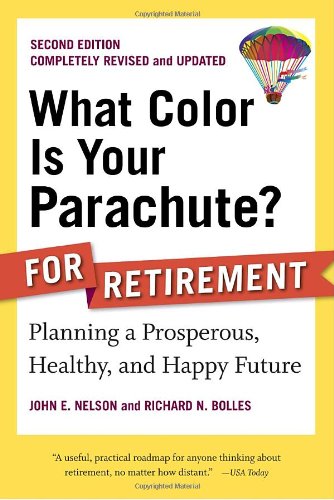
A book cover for What Color Is Your Parachute? for Retirement, Second Edition: Planning a Prosperous, Healthy, and Happy Future; John E. Nelson; Business & Money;